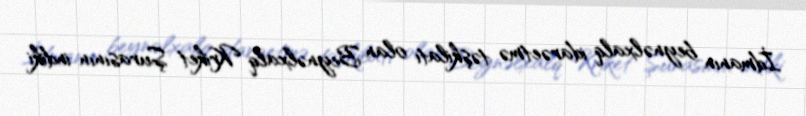
İdmanın beynəlxalq idarəetmə təşkilatı olan Beynəlxalq Kriket Şurasının indiki